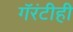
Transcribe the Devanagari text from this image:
गॅरंटीही